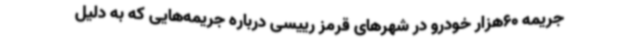
جریمه 60هزار خودرو در شهرهای قرمز رییسی درباره جریمه‌هایی که به دلیل